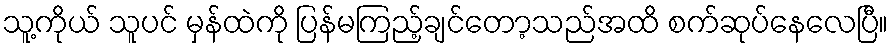
သူ့ကိုယ် သူပင် မှန်ထဲကို ပြန်မကြည့်ချင်တော့သည်အထိ စက်ဆုပ်နေလေပြီ။